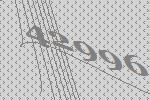
42996